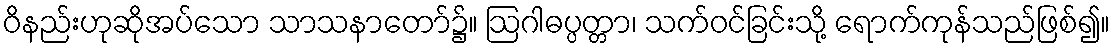
ဝိနည်းဟုဆိုအပ်သော သာသနာတော်၌။ ဩဂါဓပ္ပတ္တာ၊ သက်ဝင်ခြင်းသို့ ရောက်ကုန်သည်ဖြစ်၍။